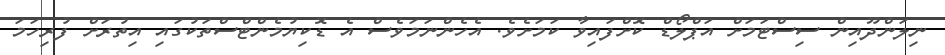
ނިލަންދޫއިން ސިސްޓަމަށް އަޕްލޯޑް ކޮށްފައިވާ ކަމަށެވެ. އެހެންނަމަވެސް އެ ޑޮކިޔުމެންޓްސްތަކުގައި އިތުރަށް ފުރިހަމަ